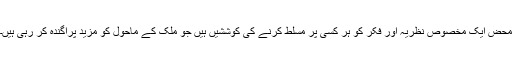
محض ایک مخصوص نظریہ اور فکر کو ہر کسی پر مسلط کرنے کی کوششیں ہیں جو ملک کے ماحول کو مزید پراگندہ کر رہی ہیں۔